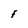
Character: F